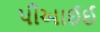
પીઆઈઈ